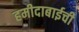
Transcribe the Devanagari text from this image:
हमीदाबाईची